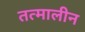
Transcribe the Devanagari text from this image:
तत्मालीन